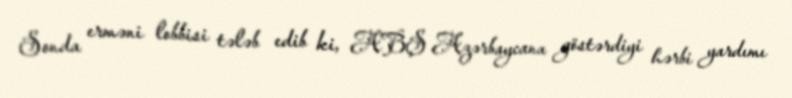
Sonda erməni lobbisi tələb edib ki, ABŞ Azərbaycana göstərdiyi hərbi yardımı